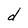
Character: d